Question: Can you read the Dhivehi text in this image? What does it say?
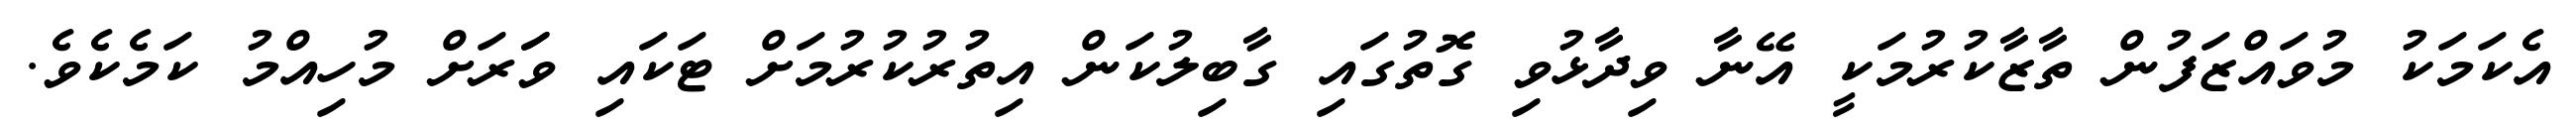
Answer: އެކަމަކު މުވައްޒަފުން ތާޒާކުރުމަކީ އޭނާ ވިދާޅުވި ގޮތުގައި ގާބިލުކަން އިތުރުކުރުމަށް ޓަކައި ވަަރަށް މުހިއްމު ކަމެކެވެ.